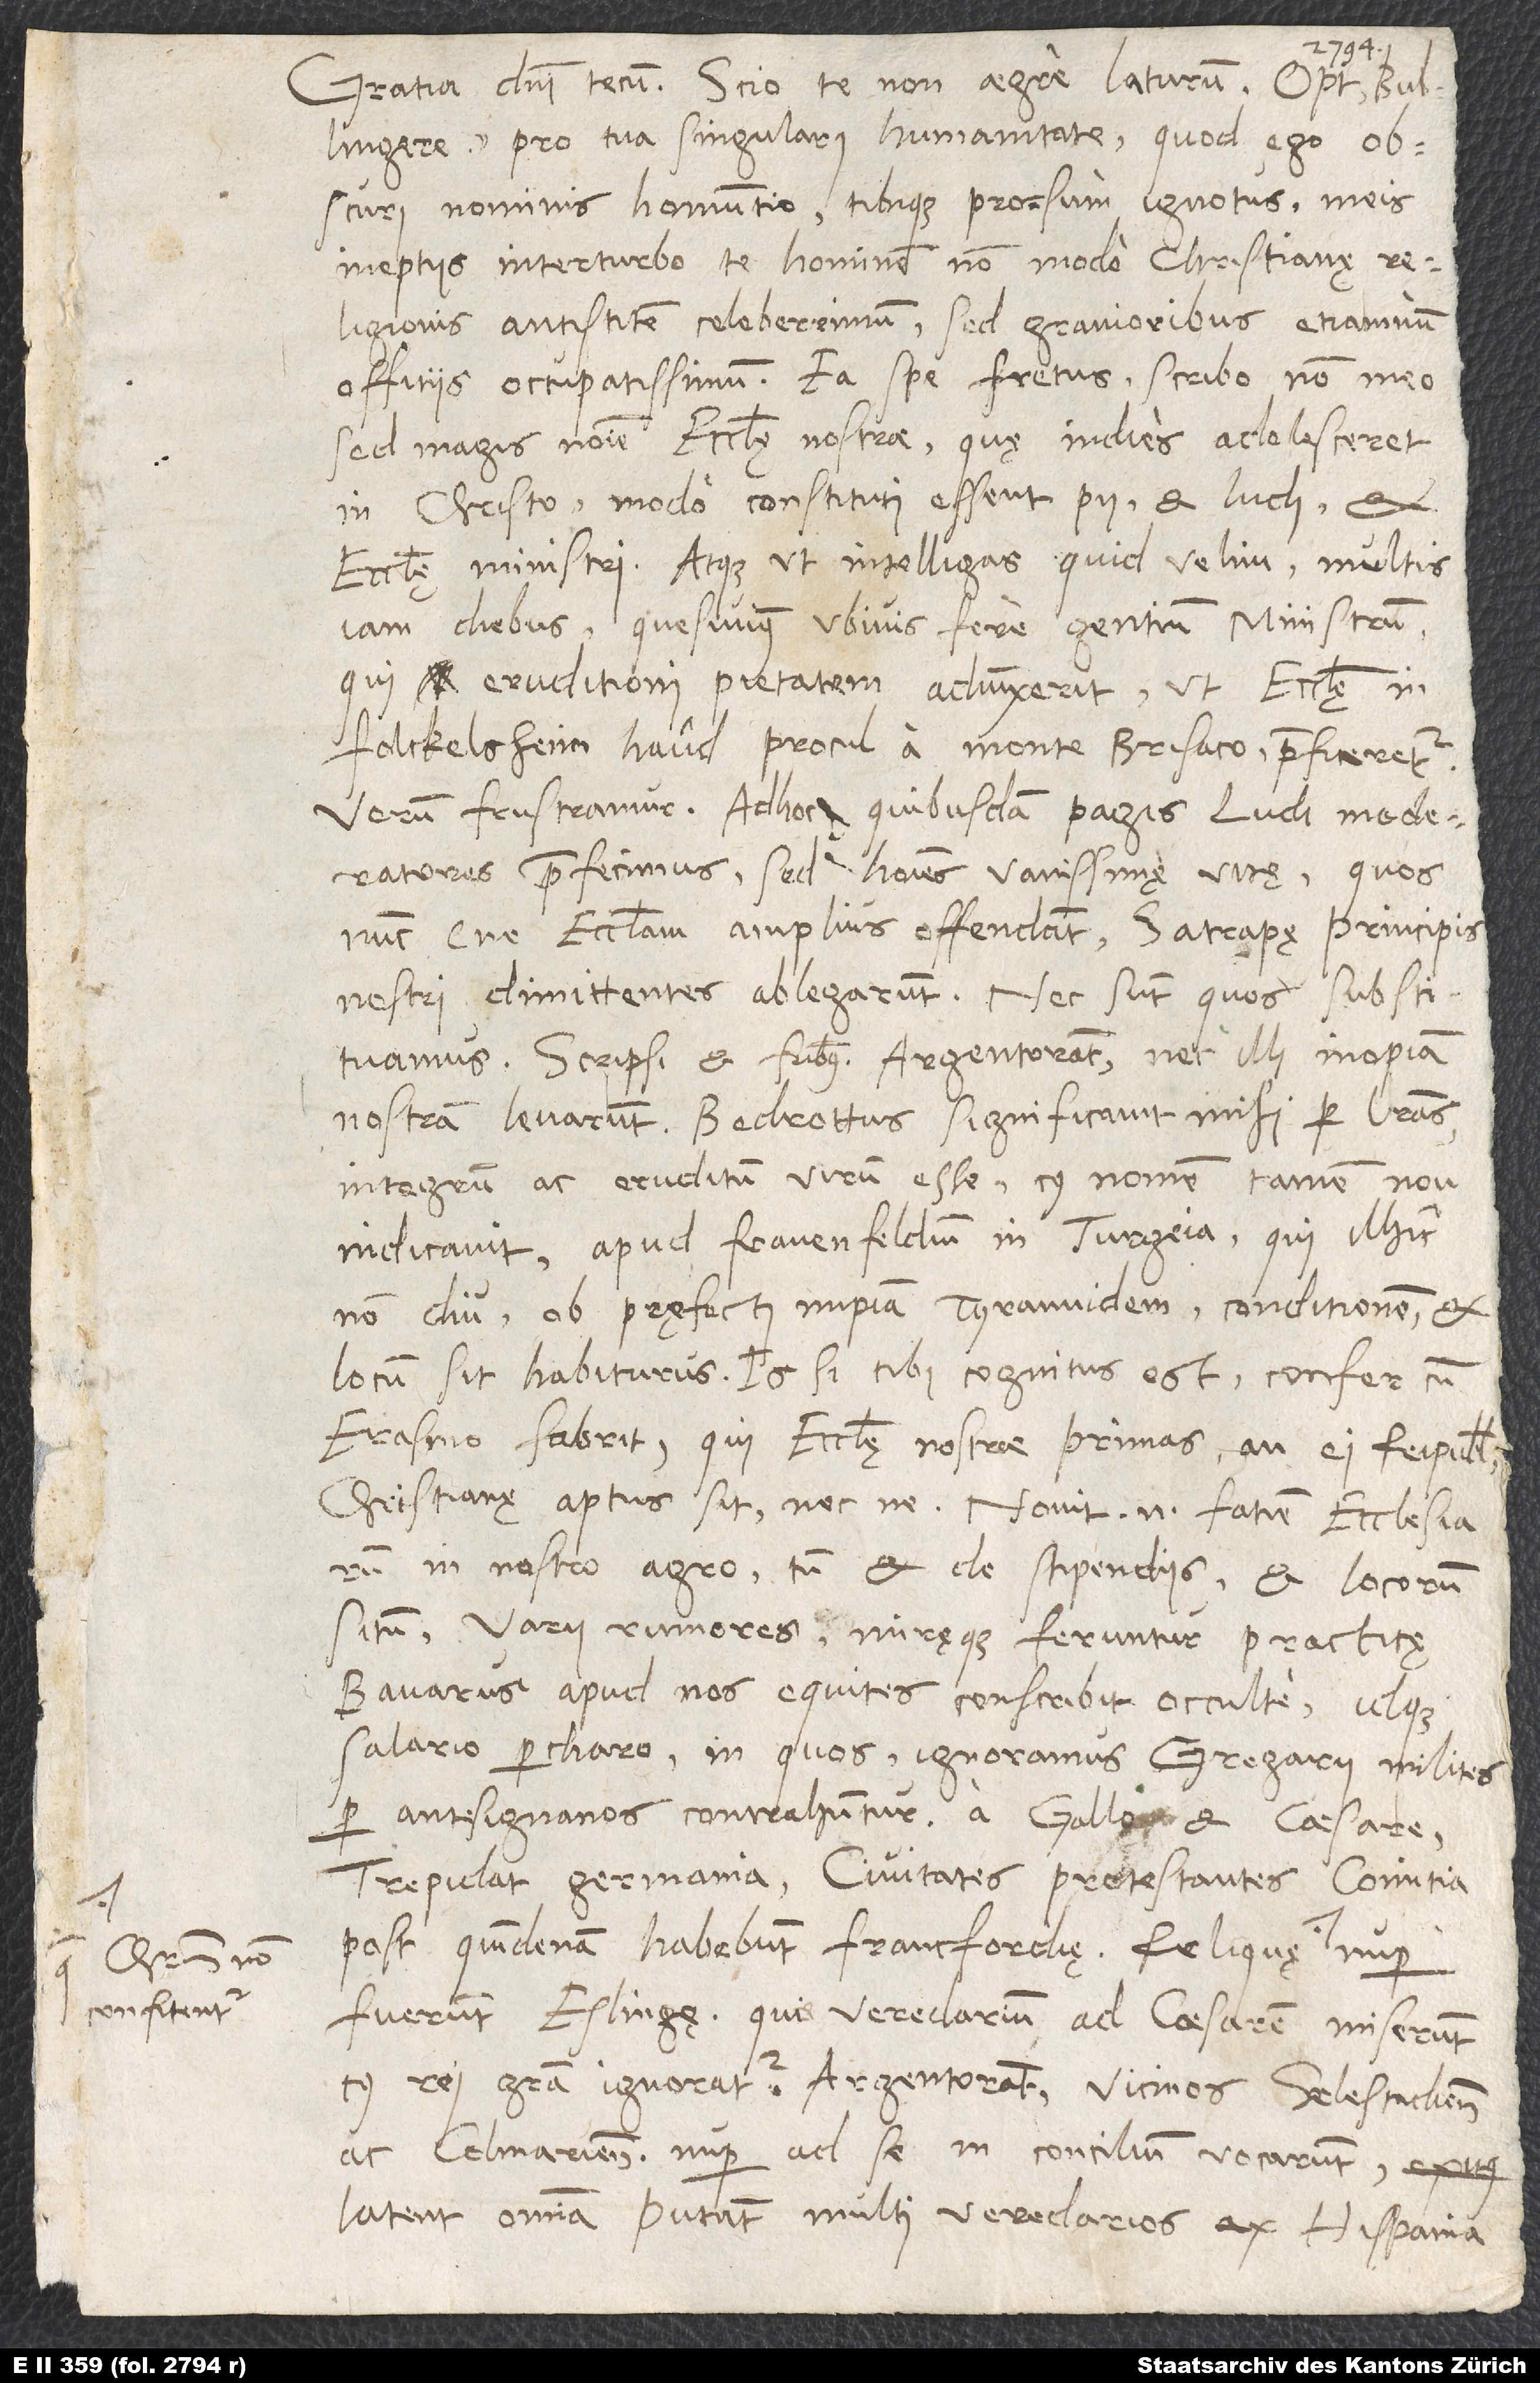
Christum non
confitentur,

Gratia domini tecum. Scio te non aegre laturum, optime Bullingere,
pro tua singulari humanitate, quod ego,
obscuri nominis homuntio tibique prorsum ignotus, meis
ineptiis interturbo te, hominem non modo christianę
religionis antistitem celeberrimum, sed gravioribus etiamnum
offitiis occupatissimum. Ea spe fretus scribo non meo,
sed magis nomine ecclesię nostrae, quę in dies adolesceret
in Christo, modo constituti essent pii et ludi et
ecclesię ministri. Atque ut intelligas, quid velim: Multis
iam diebus quesivimus ubivis fere gentium ministrum,
qui eruditioni pietatem adiunxerit, ut ecclesię in
Folckelsheim haud procul a monte Brisaco praeficeretur.
Verum frustramur. Adhoc quibusdam pagis ludimoderatores
praefecimus, sed homines vanissimę vitę, quos
nunc (ne ecclesiam amplius offendant) satrapę principis
nostri dimittentes ablegarunt, nec sunt, quos substituamus.
Scripsi et fratribus Argentoratensibus, nec illi inopiam
nostram levarunt. Bedrottus significavit mihi per literas
integrum ac eruditum virum esse, cuius nomen tamen non
indicavit, apud Frauenfeldium in Turgoia, qui ilhic
non diu ob pręfecti impiam tyrannidem conditionem et
locum sit habiturus. Is si tibi cognitus est, confer cum
Erasmo Fabritio, qui ecclesię nostrae primas, an ei reipublicae
christianę aptus sit necne; novit enim faciem ecclesiarum
in nostro agro, tum et de stipendiis et locorum
Varii rumores miręque feruntur practicę:
Bavarus apud nos equites conscribit occulte idque
salario percharo; in quos, ignoramus. Gregarii milites
per antesignanos contrahuntur a Gallo et caesare.
Trepidat Germania. Civitates protestantes comitia
post quindenam habebunt Francfordię; reliquę,
fuerunt Eslingę, quae veredarium ad caesarem miserunt;
rei gratia, ignoratur. Argentoratenses vicinos Selestadienses
ac Colmarienses nuper ad se in concilium vocarunt.
Latent omnia. Putant multi veredarios ex Hispania